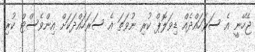
ޖެހޭނީ އެ ސަރަހައްދެއް ޑިވަލޮޕް ކުރި ނުވަތަ އެ ސަރަހައްދަކަށް އިންވެސްޓް ކުރި